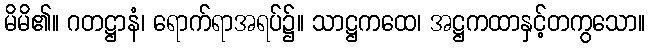
မိမိ၏။ ဂတဋ္ဌာနံ၊ ရောက်ရာအရပ်၌။ သာဋ္ဌကထေ၊ အဋ္ဌကထာနှင့်တကွသော။